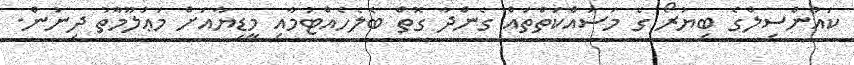
ކައުންސިލްގެ ބިޔުރޯ ގެ މަސައްކަތްތައް ގެންދާ ގޮތް ބެލެހެއްޓުމާއި މީޑިޔާއަށް މަޢުލޫމާތު ދިނުން.